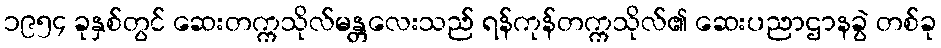
၁၉၅၄ ခုနှစ်တွင် ဆေးတက္ကသိုလ်မန္တလေးသည် ရန်ကုန်တက္ကသိုလ်၏ ဆေးပညာဌာနခွဲ တစ်ခု